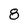
Character: 8